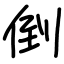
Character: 倒